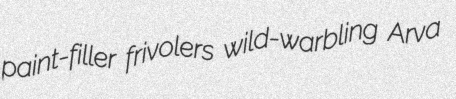
paint-filler frivolers wild-warbling Arva